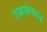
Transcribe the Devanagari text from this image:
एकलेस्तन